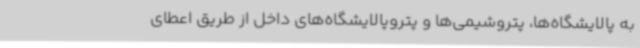
به پالایشگاه‌ها، پتروشیمی‌ها و پتروپالایشگاه‌های داخل از طریق اعطای